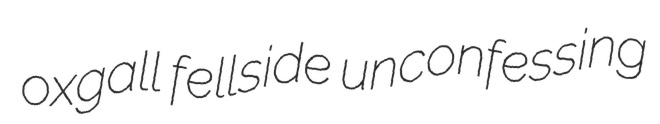
oxgall fellside unconfessing